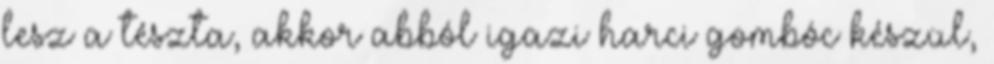
lesz a tészta, akkor abból igazi harci gombóc készül,